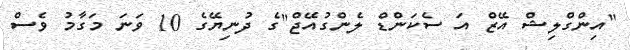
"އިންގްލިޝް އޭޒް އަ ސެކަންޑް ލެންގުއޭޖް"ގެ ދުނިޔޭގެ 10 ވަނަ މަގާމު ވެސް